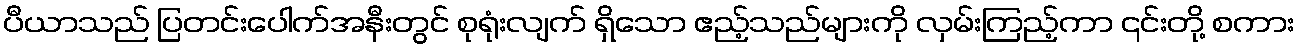
ပီယာသည် ပြတင်းပေါက်အနီးတွင် စုရုံးလျက် ရှိသော ဧည့်သည်များကို လှမ်းကြည့်ကာ ၎င်းတို့ စကား